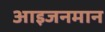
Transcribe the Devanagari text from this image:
आइजनमान